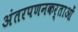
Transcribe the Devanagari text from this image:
अंतरपणनकर्ताओं